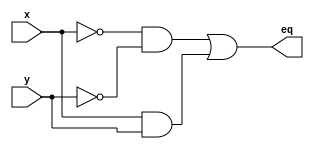
module comparator1BitVerilog(
	input wire x, y,
	output wire eq
	);

wire s0, s1;

assign s0 = ~x & ~y; // (not x) and (not y)
assign s1 = x & y;  // x and y
assign eq = s0 | s1; // s0 or s1

endmodule